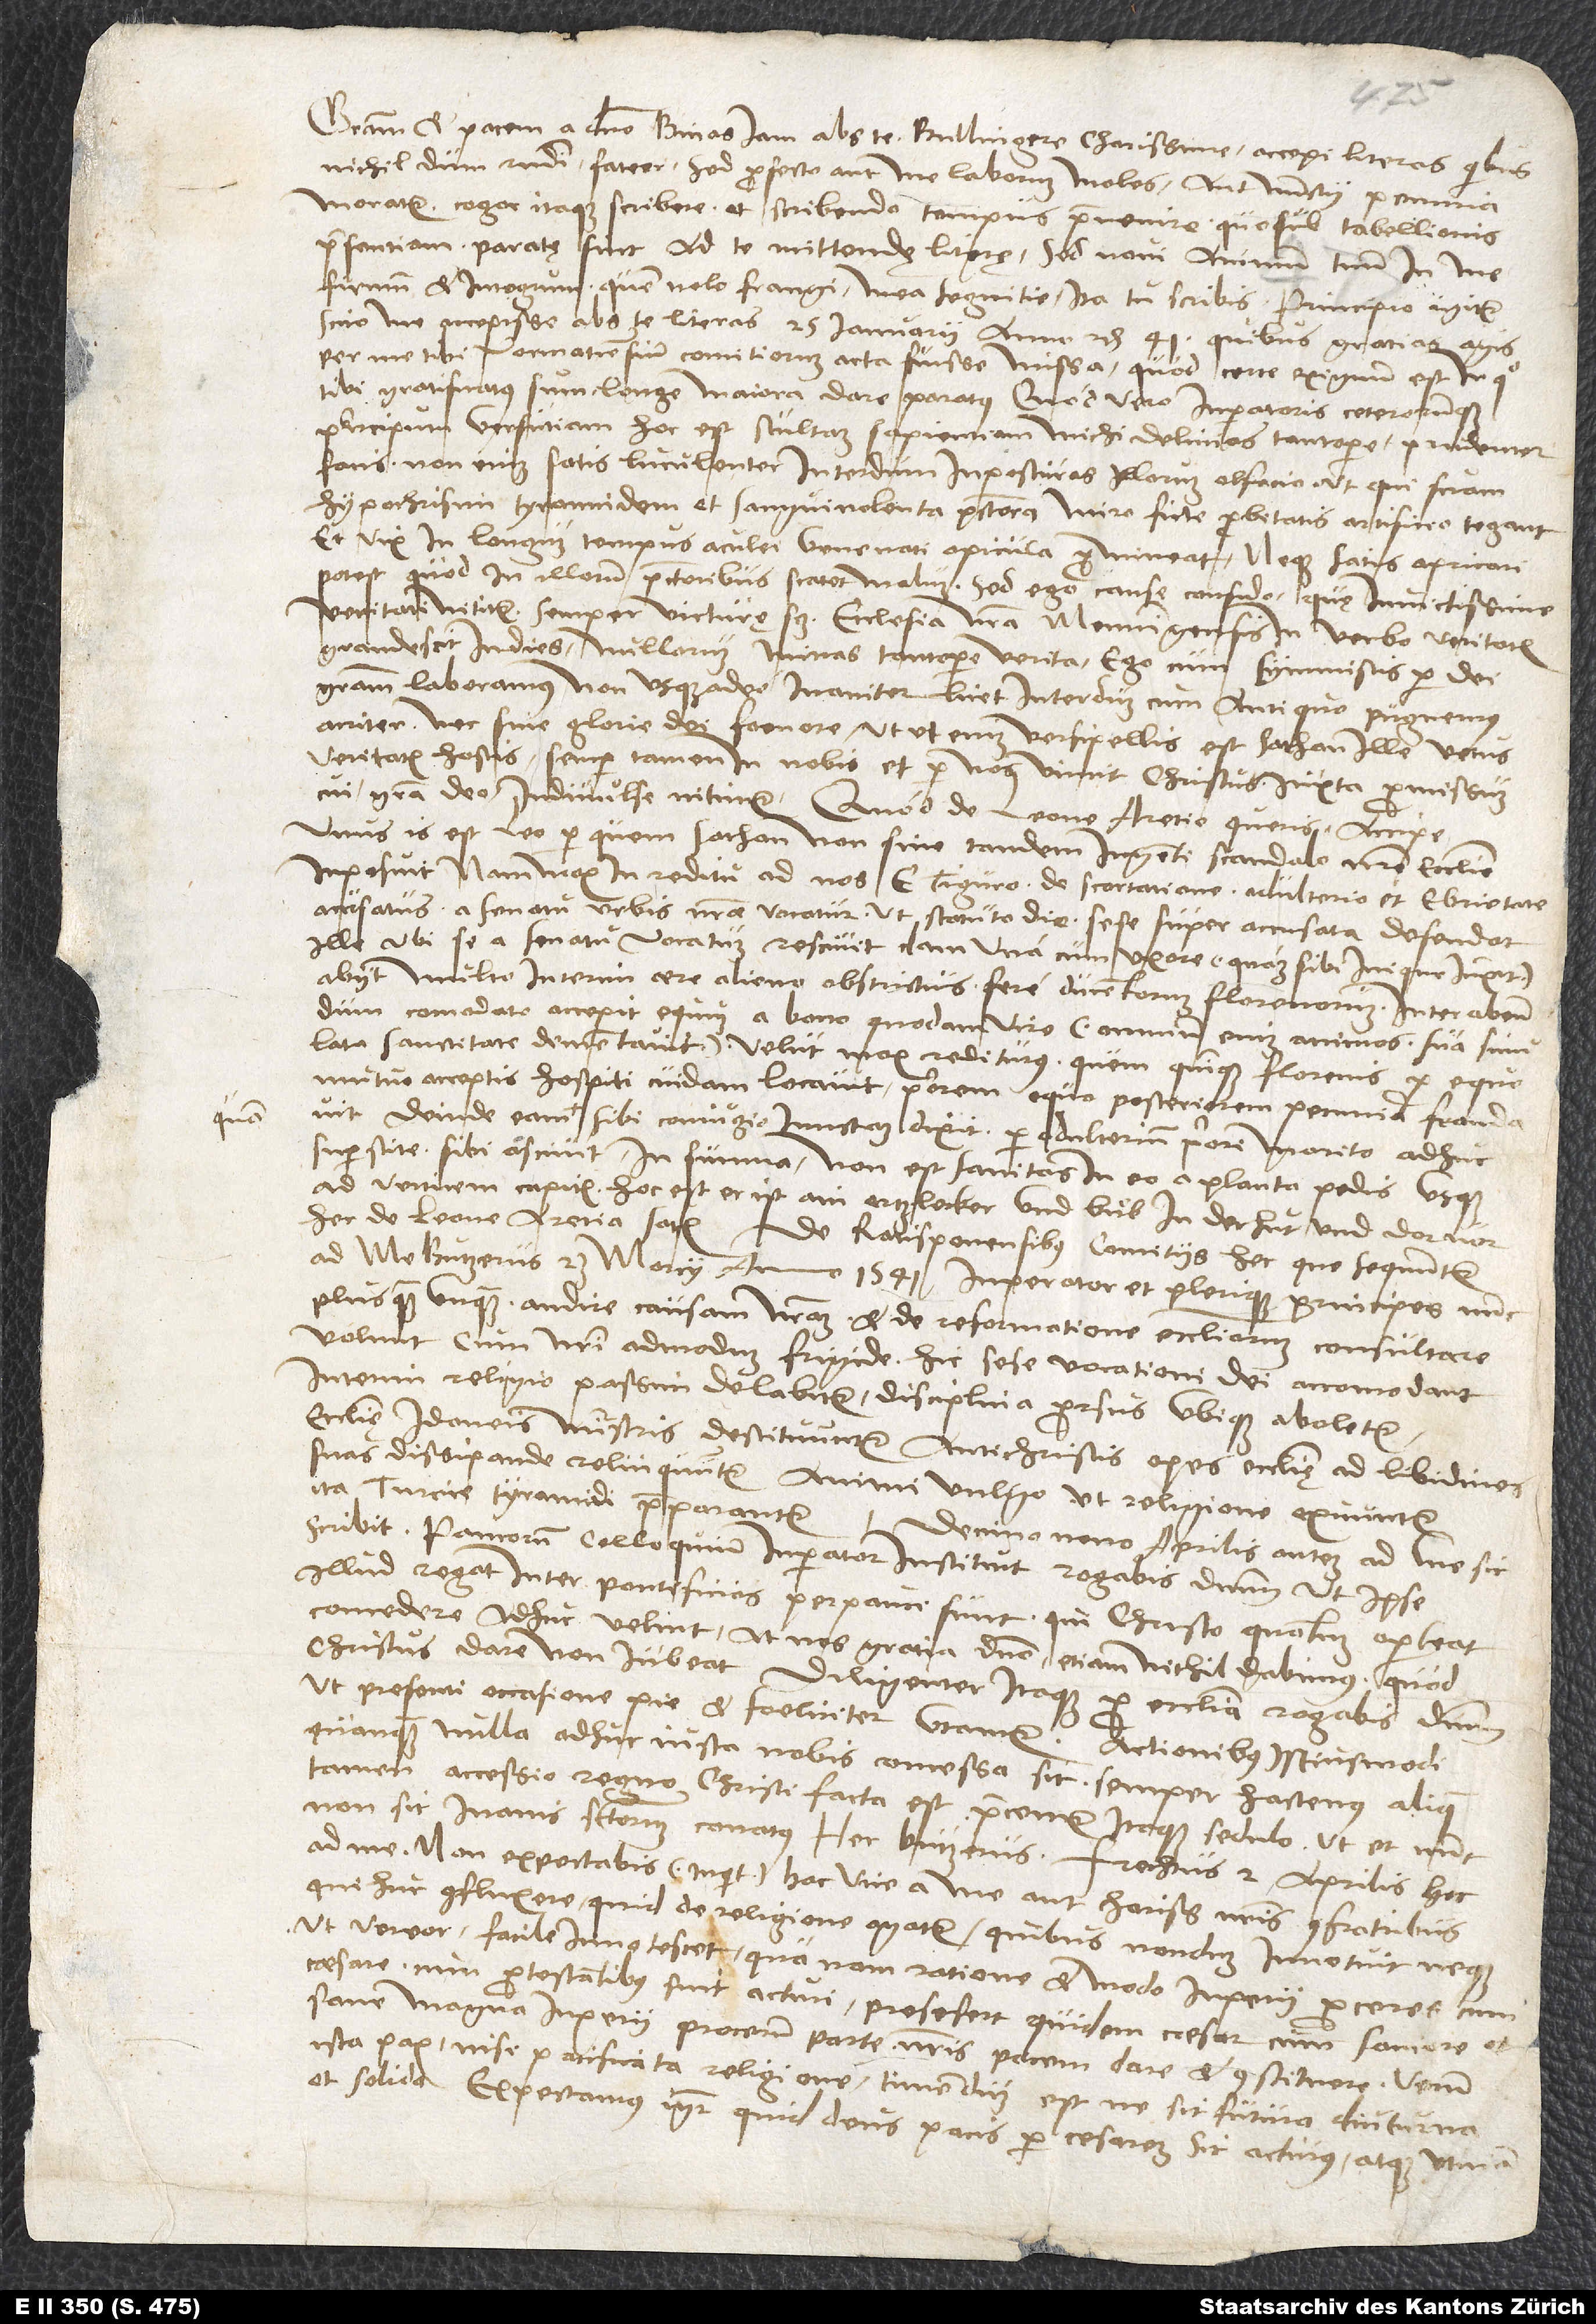
Gratiam et pacem a domino. Binas iam abs te, Bullingere charissime, accepi literas, quibus
nichildum respondi, fateor. Sed profecto me aut laborum moles aut nunctii penuria
moratur; cogor itaque scribere et scribendo tempus praevenire, quo sub tabellionis
praesentiam paratę sint ad te mittendę literę. Sed novi animum tuum in me
firmum et integrum, quem nolo frangi mea „segnitie“ - ita tu scribis. Principio igitur
scito me accepisse abs te literas 25. ianuarii anno etc. 41., quibus gratias agis
per me tibi Wormatiensium comitiorum acta fuisse missa, quod certe exiguum est, in quo
tibi gratificatus sum longe maiora dare paratus. Quod vero imperatoris ceterorumque
principum versutiam, hoc est stultam sapientiam, michi delinias tantopere, prudenter
facis; non enim satis luculenter interdum inposturas illorum olfacio, ut qui suam
hypochrisim, tyrannidem et sanguinolenta pectora miro ficte probitatis artificio tegant,
et vix in longum tempus aculei venenati apicula promineat, neque satis apricari
potest, quod in illorum pectoribus scatet malum. Sed ego cause confido, quę invictissime
veritati nititur, semper victurę scilicet. Ecclesia nostra Memmingensis in verbo veritatis
grandescit in dies nullorum minas tantopere verita. Ego cum symmistis per dei
gratiam laboramus non usqueadeo inaniter, licet interdum cum antiquo pugnemus
acriter nec sine glorie dei foenore. Ut ut enim versipellis est sathan, ille vetus
veritatis hostis, semper tamen in nobis et per nos vincit Christus iuxta promissionem,
cui gratia deo indivulse nitimur. Quod de Leone Aretio queris, accipe:
Unus is est leo, per quem sathan non sine tandem ingenti scandalo nostre ecclesie
inposuit. Nam mox in reditu ad nos e Tiguro de scortatione, adulterio et ebrietate
accusatus a senatu urbis nostrae vocatur, ut statuto die sese super accusata defendat.
Ille ubi se a senatu vocatum rescivit, clam una cum uxore (quam sibi inique iunxit)
abiit multo interim aere alieno obstrictus fere ducentorum florenorum. Inter abeundum
comodato accepit equum a bono quodam viro (omnium enim animos sua simulata
sanctitate dementavit) velut mox rediturus, quem quinque florenis pro equo
mutuo acceptis hospiti cuidam locavit. Priorem equo, posteriorem pecunia fraudavit.
Deinde eam, quam sibi coniugio iunctam dixit, per adulterium priore marito adhuc
superstite sibi ascivit. In summa, non est sanitas in eo a planta pedis usque
ad verticem capitis, hoc est: Er ist ain ertzlecker und buͦb in der hut und darvor.
Hec de Leone Aretio satis. De Ratisponensibus comitiis hec, que sequuntur,
ad me Butzerus 23. marcii anno 1541: „Imperator et plerique principes nunc
plus quam unquam audire causam nostram et de reformatione ecclesiarum consultare
volunt, cum nostri admodum frigide hic sese vocationi dei accomodant.
Interim religio passim delabitur, disciplina prorsus ubique aboletur,
ecclesię idoneis ministris destituuntur, antichristis opes ecclesię ad libidines
suas dissipande relinquuntur, animi vulgo ut religione exuuntur,
ita Turcice tyrannidi praeparantur.“
Decimo nono aprilis autem ad me sic
scribit: „Paucorum colloquium imperator instituit. Rogabis dominum, ut ipse
illud regat. Inter pontificios perpauci sunt, qui Christo, quantum oporteat,
concedere adhuc velint; at nos gratia domino etiam nichil dabimus, quod
Christus dare non iubeat. Diligenter itaque pro ecclesia rogabis dominum,
ut presenti occasione pie et foeliciter utamur. Actionibus istiusmodi,
quanquam nulla adhuc iusta nobis concessa sit, semper hactenus aliqua
tamen accessio regno Christi facta est. Precamur itaque sedulo, ut nunc
non sit inanis sanctorum conatus.“ Hec Butzerus. Frechtus 2. aprilis hec
ad me: „Non expectabis“ (inquit) „hac vice a me aut charissimis meis fratribus,
qui huc confluxere, quid de religione agatur, quibus nondum innotuit neque,
ut vereor, facile innotescet, qua nam ratione et modo imperii proceres cum
caesare cum protestantibus sint acturi. Pre se fert quidem caesar cum saniore et
sane magna imperii procerum parte nostris pacem dare et constituere. Verum
ista pax nisi pacificata religione timendum est, ne sit futura diuturna
et solida. Expectamus igitur, quid deus pacis per cesarem sit acturus, atque utinam